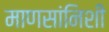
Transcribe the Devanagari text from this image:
माणसांनिशी